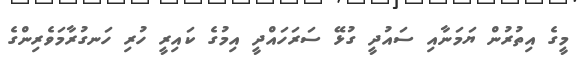
މީގެ އިތުރުން ޔަމަނާއި ސައުދީ ގުޅޭ ސަރަހައްދީ އިމުގެ ކައިރީ ހުރި ހަނގުރާމަވެރިންގެ